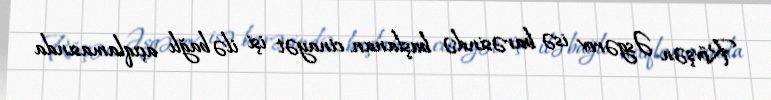
Rövşən Əsgərov isə barəsində başlanan cinayət işi ilə bağlı açıqlamasında